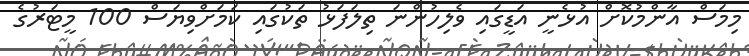
މިމަސް އާންމުކޮށް އުޅެނީ އަޑީގައި ވެލިހުންނަ ތިލަފަޅު ތަކުގައި ކަމަށްވިޔަސް 100 މީޓަރުގެ